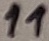
Text: 11